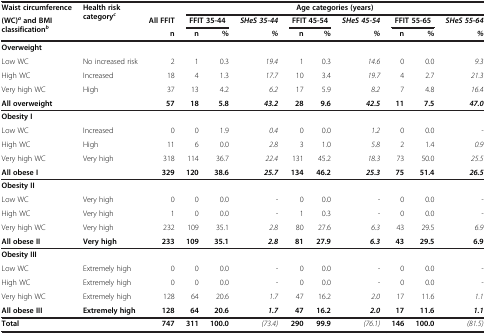
<table><thead><tr><td><b>Waist circumference</b></td><td rowspan="3"><b>Health risk category<sup><i>c</i></sup></b></td><td>[EMPTY_CELL]</td><td colspan="9"><b>Age categories (years)</b></td></tr><tr><td rowspan="2"><b>(WC)<sup><i>a </i></sup>and BMI classification<sup><i>b</i></sup></b></td><td><b>All FFIT</b></td><td colspan="2"><b>FFIT 35-44</b></td><td><b><i>SHeS 35-44</i></b></td><td colspan="2"><b>FFIT 45-54</b></td><td><b><i>SHeS 45-54</i></b></td><td colspan="2"><b>FFIT 55-65</b></td><td><b><i>SHeS 55-64</i></b></td></tr><tr><td><b>n</b></td><td><b>n</b></td><td><b>%</b></td><td><b><i>%</i></b></td><td><b>n</b></td><td><b>%</b></td><td><b><i>%</i></b></td><td><b>n</b></td><td><b>%</b></td><td><b><i>%</i></b></td></tr></thead><tbody><tr><td><b>Overweight</b></td><td>[EMPTY_CELL]</td><td>[EMPTY_CELL]</td><td colspan="2">[EMPTY_CELL]</td><td>[EMPTY_CELL]</td><td colspan="2">[EMPTY_CELL]</td><td>[EMPTY_CELL]</td><td>[EMPTY_CELL]</td><td>[EMPTY_CELL]</td><td>[EMPTY_CELL]</td></tr><tr><td>Low WC</td><td>No increased risk</td><td>2</td><td>1</td><td>0.3</td><td><i>19.4</i></td><td>1</td><td>0.3</td><td><i>14.6</i></td><td>0</td><td>0.0</td><td><i>9.3</i></td></tr><tr><td>High WC</td><td>Increased</td><td>18</td><td>4</td><td>1.3</td><td><i>17.7</i></td><td>10</td><td>3.4</td><td><i>19.7</i></td><td>4</td><td>2.7</td><td><i>21.3</i></td></tr><tr><td>Very high WC</td><td>High</td><td>37</td><td>13</td><td>4.2</td><td><i>6.2</i></td><td>17</td><td>5.9</td><td><i>8.2</i></td><td>7</td><td>4.8</td><td><i>16.4</i></td></tr><tr><td><b>All overweight</b></td><td>[EMPTY_CELL]</td><td><b>57</b></td><td><b>18</b></td><td><b>5.8</b></td><td><b><i>43.2</i></b></td><td><b>28</b></td><td><b>9.6</b></td><td><b><i>42.5</i></b></td><td><b>11</b></td><td><b>7.5</b></td><td><b><i>47.0</i></b></td></tr><tr><td><b>Obesity I</b></td><td>[EMPTY_CELL]</td><td>[EMPTY_CELL]</td><td colspan="2">[EMPTY_CELL]</td><td>[EMPTY_CELL]</td><td colspan="2">[EMPTY_CELL]</td><td>[EMPTY_CELL]</td><td colspan="2">[EMPTY_CELL]</td><td>[EMPTY_CELL]</td></tr><tr><td>Low WC</td><td>Increased</td><td>0</td><td>0</td><td>1.9</td><td><i>0.4</i></td><td>0</td><td>0.0</td><td><i>1.2</i></td><td>0</td><td>0.0</td><td><i>-</i></td></tr><tr><td>High WC</td><td>High</td><td>11</td><td>6</td><td>0.0</td><td><i>2.8</i></td><td>3</td><td>1.0</td><td><i>5.8</i></td><td>2</td><td>1.4</td><td><i>0.9</i></td></tr><tr><td>Very high WC</td><td>Very high</td><td>318</td><td>114</td><td>36.7</td><td><i>22.4</i></td><td>131</td><td>45.2</td><td><i>18.3</i></td><td>73</td><td>50.0</td><td><i>25.5</i></td></tr><tr><td><b>All obese I</b></td><td>[EMPTY_CELL]</td><td><b>329</b></td><td><b>120</b></td><td><b>38.6</b></td><td><b><i>25.7</i></b></td><td><b>134</b></td><td><b>46.2</b></td><td><b><i>25.3</i></b></td><td><b>75</b></td><td><b>51.4</b></td><td><b><i>26.5</i></b></td></tr><tr><td><b>Obesity II</b></td><td>[EMPTY_CELL]</td><td>[EMPTY_CELL]</td><td colspan="2">[EMPTY_CELL]</td><td>[EMPTY_CELL]</td><td colspan="2">[EMPTY_CELL]</td><td>[EMPTY_CELL]</td><td colspan="2">[EMPTY_CELL]</td><td>[EMPTY_CELL]</td></tr><tr><td>Low WC</td><td>Very high</td><td>0</td><td>0</td><td>0.0</td><td><i>-</i></td><td>0</td><td>0.0</td><td><i>-</i></td><td>0</td><td>0.0</td><td><i>-</i></td></tr><tr><td>High WC</td><td>Very high</td><td>1</td><td>0</td><td>0.0</td><td><i>-</i></td><td>1</td><td>0.3</td><td><i>-</i></td><td>0</td><td>0.0</td><td><i>-</i></td></tr><tr><td>Very high WC</td><td>Very high</td><td>232</td><td>109</td><td>35.1</td><td><i>2.8</i></td><td>80</td><td>27.6</td><td><i>6.3</i></td><td>43</td><td>29.5</td><td><i>6.9</i></td></tr><tr><td><b>All obese II</b></td><td><b>Very high</b></td><td><b>233</b></td><td><b>109</b></td><td><b>35.1</b></td><td><b><i>2.8</i></b></td><td><b>81</b></td><td><b>27.9</b></td><td><b><i>6.3</i></b></td><td><b>43</b></td><td><b>29.5</b></td><td><b>6.9</b></td></tr><tr><td><b>Obesity III</b></td><td>[EMPTY_CELL]</td><td>[EMPTY_CELL]</td><td colspan="2">[EMPTY_CELL]</td><td>[EMPTY_CELL]</td><td colspan="2">[EMPTY_CELL]</td><td>[EMPTY_CELL]</td><td colspan="2">[EMPTY_CELL]</td><td>[EMPTY_CELL]</td></tr><tr><td>Low WC</td><td>Extremely high</td><td>0</td><td>0</td><td>0.0</td><td><i>-</i></td><td>0</td><td>0.0</td><td><i>-</i></td><td>0</td><td>0.0</td><td><i>-</i></td></tr><tr><td>High WC</td><td>Extremely high</td><td>0</td><td>0</td><td>0.0</td><td><i>-</i></td><td>0</td><td>0.0</td><td><i>-</i></td><td>0</td><td>0.0</td><td><i>-</i></td></tr><tr><td>Very high WC</td><td>Extremely high</td><td>128</td><td>64</td><td>20.6</td><td><i>1.7</i></td><td>47</td><td>16.2</td><td><i>2.0</i></td><td>17</td><td>11.6</td><td><i>1.1</i></td></tr><tr><td><b>All obese III</b></td><td><b>Extremely high</b></td><td><b>128</b></td><td><b>64</b></td><td><b>20.6</b></td><td><b><i>1.7</i></b></td><td><b>47</b></td><td><b>16.2</b></td><td><b><i>2.0</i></b></td><td><b>17</b></td><td><b>11.6</b></td><td><b><i>1.1</i></b></td></tr><tr><td><b>Total</b></td><td>[EMPTY_CELL]</td><td><b>747</b></td><td><b>311</b></td><td><b>100.0</b></td><td><i>(73.4)</i></td><td><b>290</b></td><td><b>99.9</b></td><td><i>(76.1)</i></td><td><b>146</b></td><td><b>100.0</b></td><td><i>(81.5)</i></td></tr></tbody></table>